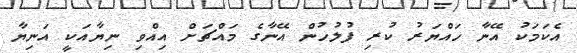
އެކަމަކު އޭނާ ހައްޔަރު ކުރި ފުލުހުން އޭނާގެ މައްޗަށް އިއްވި ނިޔާއަކީ އަނިޔާ